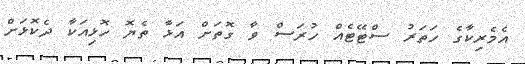
އެމެރިކާގެ ހަތަރު ސްޓޭޓެއް ހުރަސް ވާ ގޮތަށް އަޅާ ތެޔޮ ހޮޅިއަކާ ދެކޮޅަށް